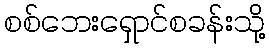
စစ်ဘေးရှောင်စခန်းသို့